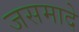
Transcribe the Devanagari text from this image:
जसमादे